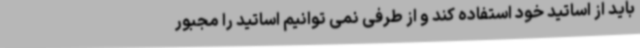
باید از اساتید خود استفاده کند و از طرفی نمی توانیم اساتید را مجبور